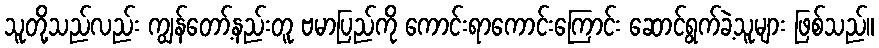
သူတို့သည်လည်း ကျွန်တော့်နည်းတူ ဗမာပြည်ကို ကောင်းရာကောင်းကြောင်း ဆောင်ရွက်ခဲ့သူများ ဖြစ်သည်။